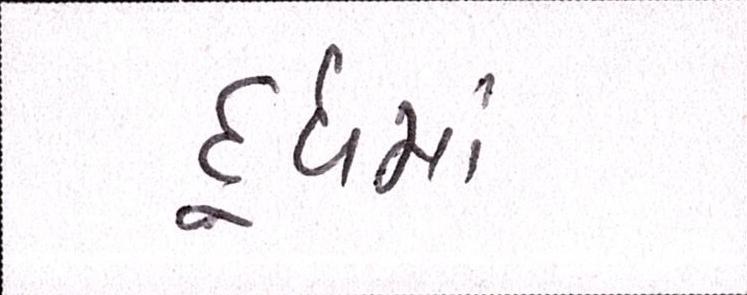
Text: દૂધમાં